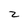
Character: z